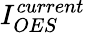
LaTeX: I_{OES}^{current}